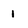
Character: 1